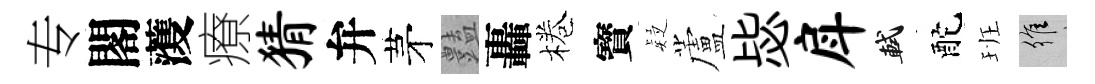
专閣𮑮療猜弁茅𧰟轟棬寳疑蘆毖戽軾酡班維